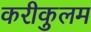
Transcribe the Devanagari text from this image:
करीकुलम